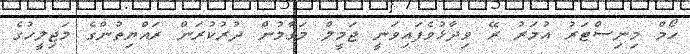
ހޯމް މިނިސްޓަރު އުމަރު ރޭ ވިދާޅުވެފައިވަނީ ޖަމީލް މަގާމުން ދުރުކުރަން ރައްޔިތުންގެ މަޖިލީހުގެ